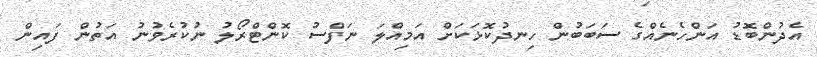
އެދުންބޮޑު އަންހެނެއްގެ ސަބަބުން ހިނދުކޮޅަކަށް އަމިއްލަ ނަފްސު ކޮންޓްރޯލު ނުކުރެވުނު އަތުން ފައިން